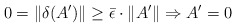
\begin{align*}0 = \|\delta(A')\| \geq \bar \epsilon \cdot \|A'\| \Rightarrow A' = 0\end{align*}